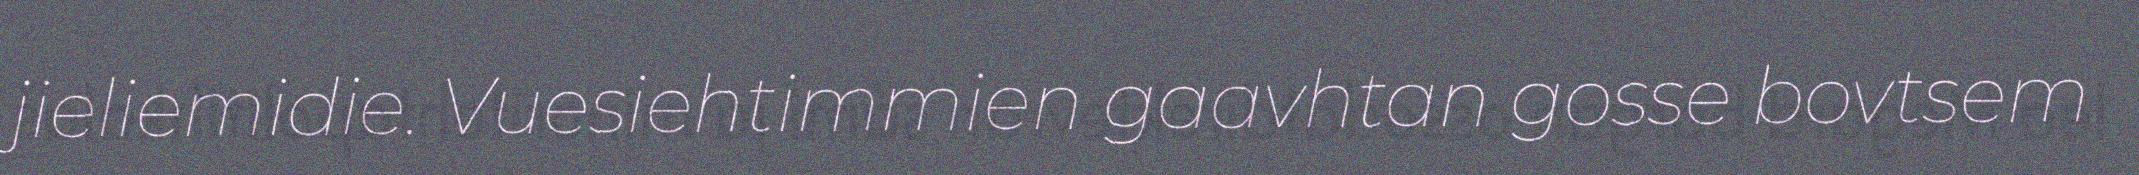
jieliemidie. Vuesiehtimmien gaavhtan gosse bovtsem